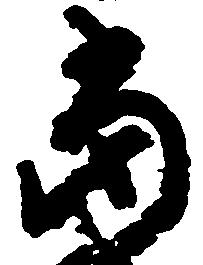
当